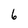
Character: 6